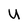
Character: U